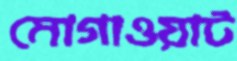
মোগাওয়াট